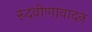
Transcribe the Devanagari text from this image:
रुदवीणावादन